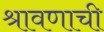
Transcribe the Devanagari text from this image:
श्रावणाची